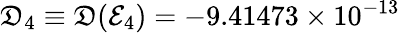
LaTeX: \mathfrak{D}_{4}\equiv\mathfrak{D}(\mathcal{E}_{4})=-9.41473\times 10^{-13}